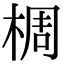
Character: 椆